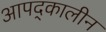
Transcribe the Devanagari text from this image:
आपद्कालीन